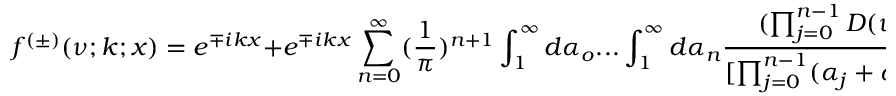
f ^ { ( \pm ) } ( \nu ; k ; x ) = e ^ { \mp i k x } + e ^ { \mp i k x } \sum _ { n = 0 } ^ { \infty } ( \frac { 1 } { \pi } ) ^ { n + 1 } \int _ { 1 } ^ { \infty } d \alpha _ { o } . . . \int _ { 1 } ^ { \infty } d \alpha _ { n } \frac { ( \prod _ { j = 0 } ^ { n - 1 } D ( \nu ; \alpha _ { j } ) e ^ { - 2 \alpha _ { j } x } ) } { [ \prod _ { j = 0 } ^ { n - 1 } ( \alpha _ { j } + \alpha _ { j + 1 } ) ] ( \alpha _ { o } \pm i k ) }